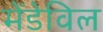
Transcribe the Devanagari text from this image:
मेंडेविल